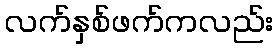
လက်နှစ်ဖက်ကလည်း